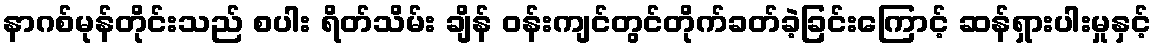
နာဂစ်မုန်တိုင်းသည် စပါး ရိတ်သိမ်း ချိန် ဝန်းကျင်တွင်တိုက်ခတ်ခဲ့ခြင်းကြောင့် ဆန်ရှားပါးမှုနှင့်